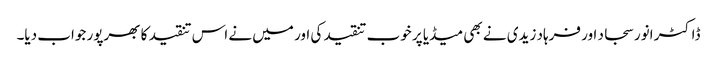
ڈاکٹر انور سجاد اور فرہاد زیدی نے بھی میڈیا پر خوب تنقید کی اور میں نے اس تنقید کا بھرپور جواب دیا۔